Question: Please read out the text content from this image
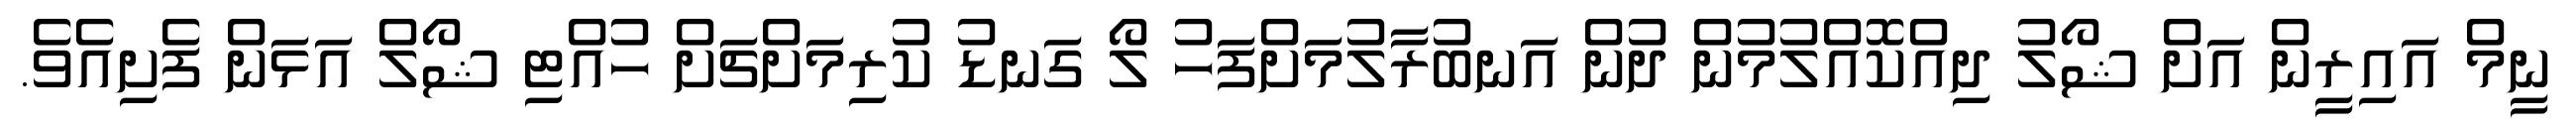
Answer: ނީމް އައިރީން އަށް ޝޯލު ދިއްކޮއްލުމުން ދުން އަނބުރާލުމަށްފަހު ލޯ ގަނޑު ކުރިމަށްޗަށް ހުއްޓި ޝޯލް އަޅަން ފެށިއެވެ.